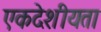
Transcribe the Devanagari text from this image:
एकदेशीयता